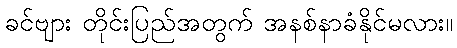
ခင်ဗျား တိုင်းပြည်အတွက် အနစ်နာခံနိုင်မလား။